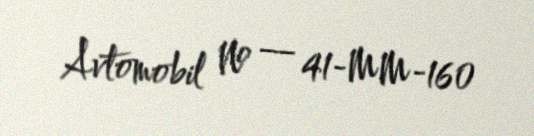
Avtomobil № — 41-MM-160